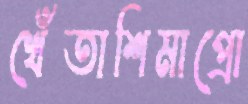
খেঁতাশিমাপ্রো